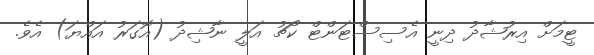
ޓީމަށް އިރުޝާދު ދިނީ އެސިސްޓަންޓް ކޯޗު އަލީ ނާޝިދު (އޮގަރު އައްޔަ) އެވެ.